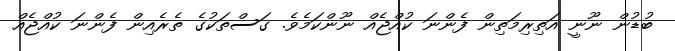
ބުޑުން ނޫނީ އަތިރިމަތިން ފެންނަ ކުއްޖެއް ނޫންކަމެވެ. ގަސްތަކުގެ ތެރެއިން ފެންނަ ކުއްޖެއް